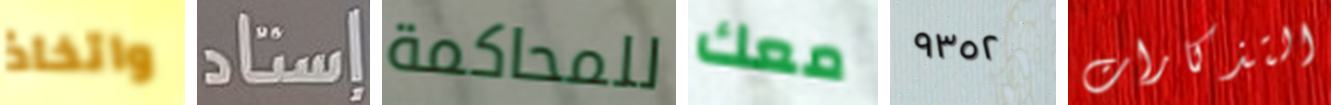
واتخاذ إستاد للمحاكمة معك ٩٣٥٢ التذكارات